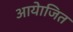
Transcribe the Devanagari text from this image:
आयेाजित